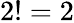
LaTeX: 2!=2